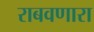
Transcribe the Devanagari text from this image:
राबवणारा